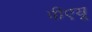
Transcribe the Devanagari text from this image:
पीएयू